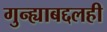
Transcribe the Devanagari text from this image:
गुन्ह्याबद्दलही